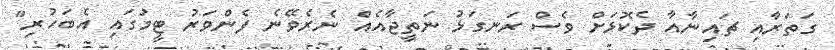
ގަތަރާއި ޗައިނާއާ ދެކޮޅަށް ވެސް ރަނގަޅު ނަތީޖާއެއް ނެރެވޭނެ ފެންވަރު ޓީމުގައި އެބަހުރި"